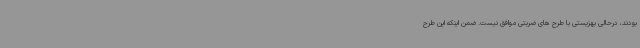
بودند، درحالی بهزیستی با طرح های ضربتی موافق نیست. ضمن اینکه این طرح